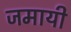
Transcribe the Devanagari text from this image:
जमायी